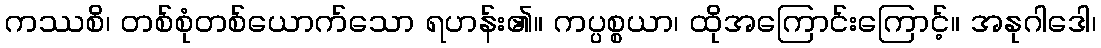
ကဿစိ၊ တစ်စုံတစ်ယောက်သော ရဟန်း၏။ ကပ္ပစ္စယာ၊ ထိုအကြောင်းကြောင့်။ အနုဂါဒေါ၊